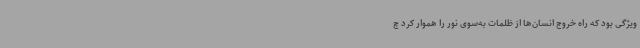
ویژگی بود که راه خروج انسان‌ها از ظلمات به‌سوی نور را هموار کرد چ